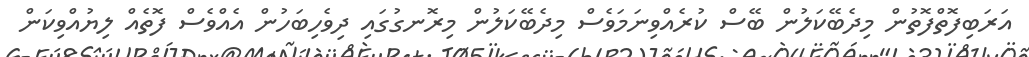
އަރަބިފޮތްފޮތުން މިދެބޭކަލުން ބޭސް ކުރެއްވިނަމަވެސް މިދެބޭކަލުން މިރޮނގުގައި ދިވެހިބަހުން އެއްވެސް ފޮތެއް ލިޔުއްވިކަން